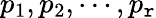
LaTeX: p_{1},p_{2},\cdots,p_{\mathtt{r}}